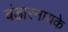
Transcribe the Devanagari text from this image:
बंडारनायके